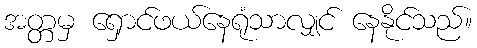
အတ္တမှ ရှောင်ဖယ်နေရုံသာလျှင် နေနိုင်သည်။